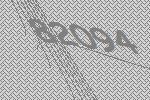
82094